Papers set at the Examination for Leaving Certificates, 1893
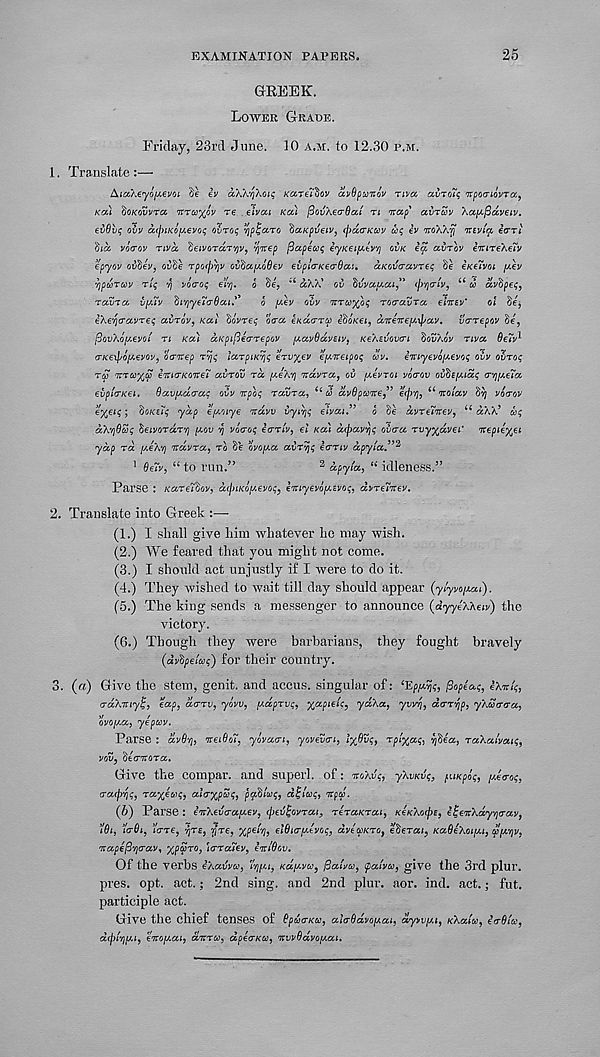
EXAMINATION PAPERS.
25
GREEK.
LOWER GRADE.
Friday, 23rd June. 10 A.M. to 12.30 P.M.
1. Translate :—
AiaXeyofAevoi
iv a-Xk^Xon; Kcczityiov avOpunov nva CCVTOTI; 'npocriovra^
KCfA 'SoKovv'va, Ttru^GV T6 . dvou KOU povXecrOa! n nap' avrav Xapfidveiv.
evdvq ovv d(fnKO[A6vo<; ovroi; vjp^aro daKpveiv, (f)d(TKCov ox; iv -TTOXXTJ' ntvlq, ia-rl
'did voo-ov nvd deivordr'/jv, ynep fiapeaq eyKeifAtV't] OVK
avrov imreXeTv
epyov ovdev, ouSe fpofftyjV: ovdapcoOev evpicrKearOai. otKoviravreq Se eKeTvoi [xev
ypcoTuv rig y voaog ei’f\. o de, :i aXX’ ov dvvapai” (j)Y)<riv, u u> dvdpeg,
ravra vpuv dl , /|y€7a■6al.' :,
o pev ovv nruy/x; roravra elmv’
ol de,
eXeycravreq avrov, Kai dovreg ora eKacrra edoK€i, dnene^yl/av. vrrepov de,
(3OVXO[A€VOI ri Ka) aKpiflearepov fxavBdvBiv, KeXEvovn dovXov nva Be7v^
(TK6\l>o[^evov, ocrnep rvjg larpiKrjg ervyev ep'.neipog uv. iiriyevofievog ovv ovrog
ru nru^S enirKonet avrov rd (xe’Kri ndvra, ov [Aevroi vocrov ovdefxidg <T'ri[/,e7a
evpirKei. Oav/Aarag ovv npog ravra, <( co dvBpwne” €(fr/j, 6i noiav dvj vocrov
e%€ig; doKs7g ydp efAoiye ndvv vyirjg elvai.” 6 Se dvre7nev, “ aXX 5 wg
dX'CjOSg deivordr r f\ (AOV rj vo&og irriv, el Ka) dcpavyg ovra rvyyjdvti' nepieyei
ydp rd peX’/) ndvra, ro de ovoy.a avrvjg ecrriv dpyia.”^
1 6e7v, “ to run. ,>
2 dpyta, (i idleness. 55
Parse : Kare7dov, dcjjiKoy.evog, eniyevo^Evog, dvre7nev.
2. Translate into Greek :—
(1.) I shall give him whatever he may wish.
(2.) We feared that you might not come.
(3.) I should act unjustly if I were to do it.
(4.) They wished to wait till day should appear (yiyvo/xai).
(5.) The king sends a messenger to announce (dyyeXXeiv) the
victory.
(6.) Though they were barbarians, they fought bravely
(dvdpeiag) for their country.
3. (a) Give the stem, genit. and accus. singular of:
ffopeag, iXm'g,
crdXmy^, eap, dcrrv, yovv, [xdprvg, yapieig, ydXa, ywt), drr^p, yXScrra,
ovo[/.a, yepcov.
Parse : dvB’/j, neiBo7, yovari, yovevri, lx§?$> r p^X a^
raXalvaig,
voi5, dernora.
Give the compar. and superl. of: noXvg, yXvKvg, puKpog, ydrog,
cracprig, ra%ew^, airxpSg, pgcdiwg, d£icog, npco.
(5) Parse : inXevrafAev, (peZ^ovrat, reraKrai, KeKXocpe, iJjenXay/jrav,
7Bi, 7<TBI, iWe, '}fr£, yfre, XP € h> elBicr/Acvog, dve cpKro, ederat, KaBeXoipu, d'[A’/]v,
nape^'/jcrav, xPV r0 > )<rra7ev, InlBov.
Of the verbs iXavvco, 7^1, KafAvu, fiaivu, (pa'iva, give the 3rd plur.
pres. opt. act.; 2nd sing, and 2nd plur. aor. ind. act.; fut.
participle act.
Give the chief tenses of Bpua-Kco, aia-BdvofAat, dyvvfM, KXaiu, erBio),
dcpiTjfAi, enojAai, dnrco, dpecrKu, nvvBdvofAai.